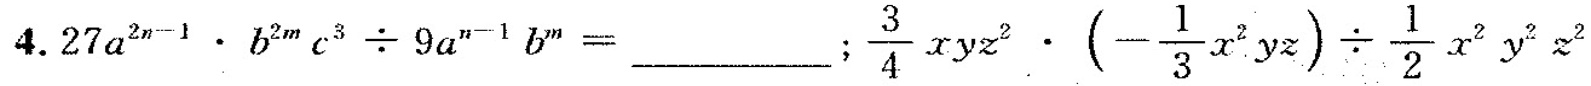
4. $$2 7 a ^ { 2 n - 1 } \cdot b ^ { 2 m } c ^ { 3 } \div 9 a ^ { n - 1 } b ^ { m } =$$ ; $$\frac { 3 } { 4 } x y z ^ { 2 } \cdot